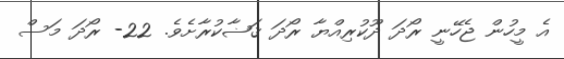
އެ މީހުން ޖެހޭނީ ރޯދަ ދޫކުރިއްޔާ ރޯދަ ޤަޟާކުރާށެވެ. 22- ރޯދަ މަސް